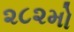
૨૮૨મો